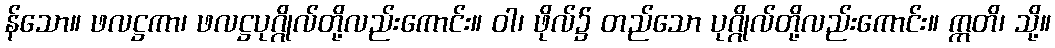
န်သော။ ဖလဋ္ဌကာ၊ ဖလဋ္ဌပုဂ္ဂိုလ်တို့လည်းကောင်း။ ဝါ၊ ဖိုလ်၌ တည်သော ပုဂ္ဂိုလ်တို့လည်းကောင်း။ ဣတိ၊ သို့။